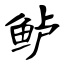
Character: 鲈